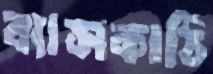
ব্যাসকাঠি